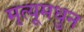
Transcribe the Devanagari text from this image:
मृत्यूमधुन